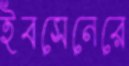
ইবসেনেরে